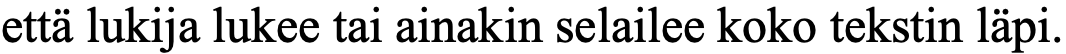
että lukija lukee tai ainakin selailee koko tekstin läpi.